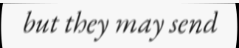
but they may send